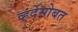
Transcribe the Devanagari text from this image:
व्हर्देसोबत